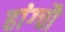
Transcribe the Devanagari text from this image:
हांग्चौ